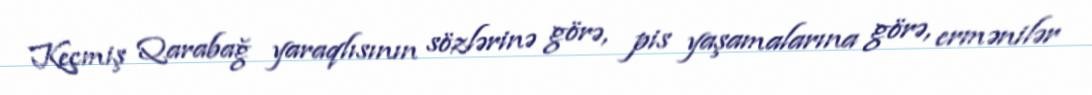
Keçmiş Qarabağ yaraqlısının sözlərinə görə, pis yaşamalarına görə, ermənilər